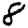
Digit: 8